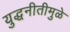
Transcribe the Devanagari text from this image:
युद्धनीतीमुळे